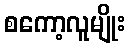
စကော့လူမျိုး